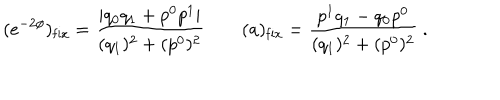
( e ^ { - 2 \phi } ) _ { \mathrm { f i x } } = { \frac { | q _ { 0 } q _ { 1 } + p ^ { 0 } p ^ { 1 } | } { ( q _ { 1 } ) ^ { 2 } + ( p ^ { 0 } ) ^ { 2 } } } \qquad ( a ) _ { \mathrm { f i x } } = { \frac { p ^ { 1 } q _ { 1 } - q _ { 0 } p ^ { 0 } } { ( q _ { 1 } ) ^ { 2 } + ( p ^ { 0 } ) ^ { 2 } } } \ .